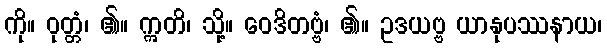
ကို။ ဝုတ္တံ၊ ၏။ ဣတိ၊ သို့။ ဝေဒိတဗ္ဗံ၊ ၏။ ဥဒယဗ္ဗ ယာနုပဿနာယ၊